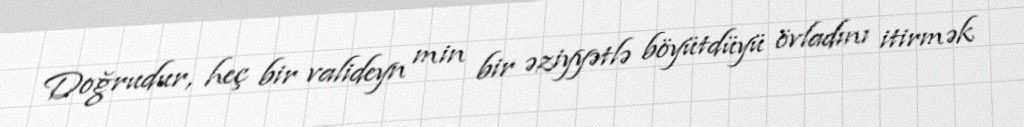
Doğrudur, heç bir valideyn min bir əziyyətlə böyütdüyü övladını itirmək